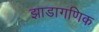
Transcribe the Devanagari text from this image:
झाडागणिक